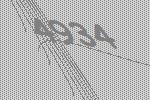
4934